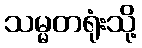
သမ္မတရုံးသို့